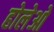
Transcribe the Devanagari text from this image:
होलेओ